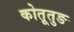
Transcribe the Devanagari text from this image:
कोतूतुङ